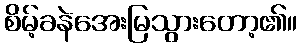
စိမ့်ခနဲအေးမြသွားတော့၏။